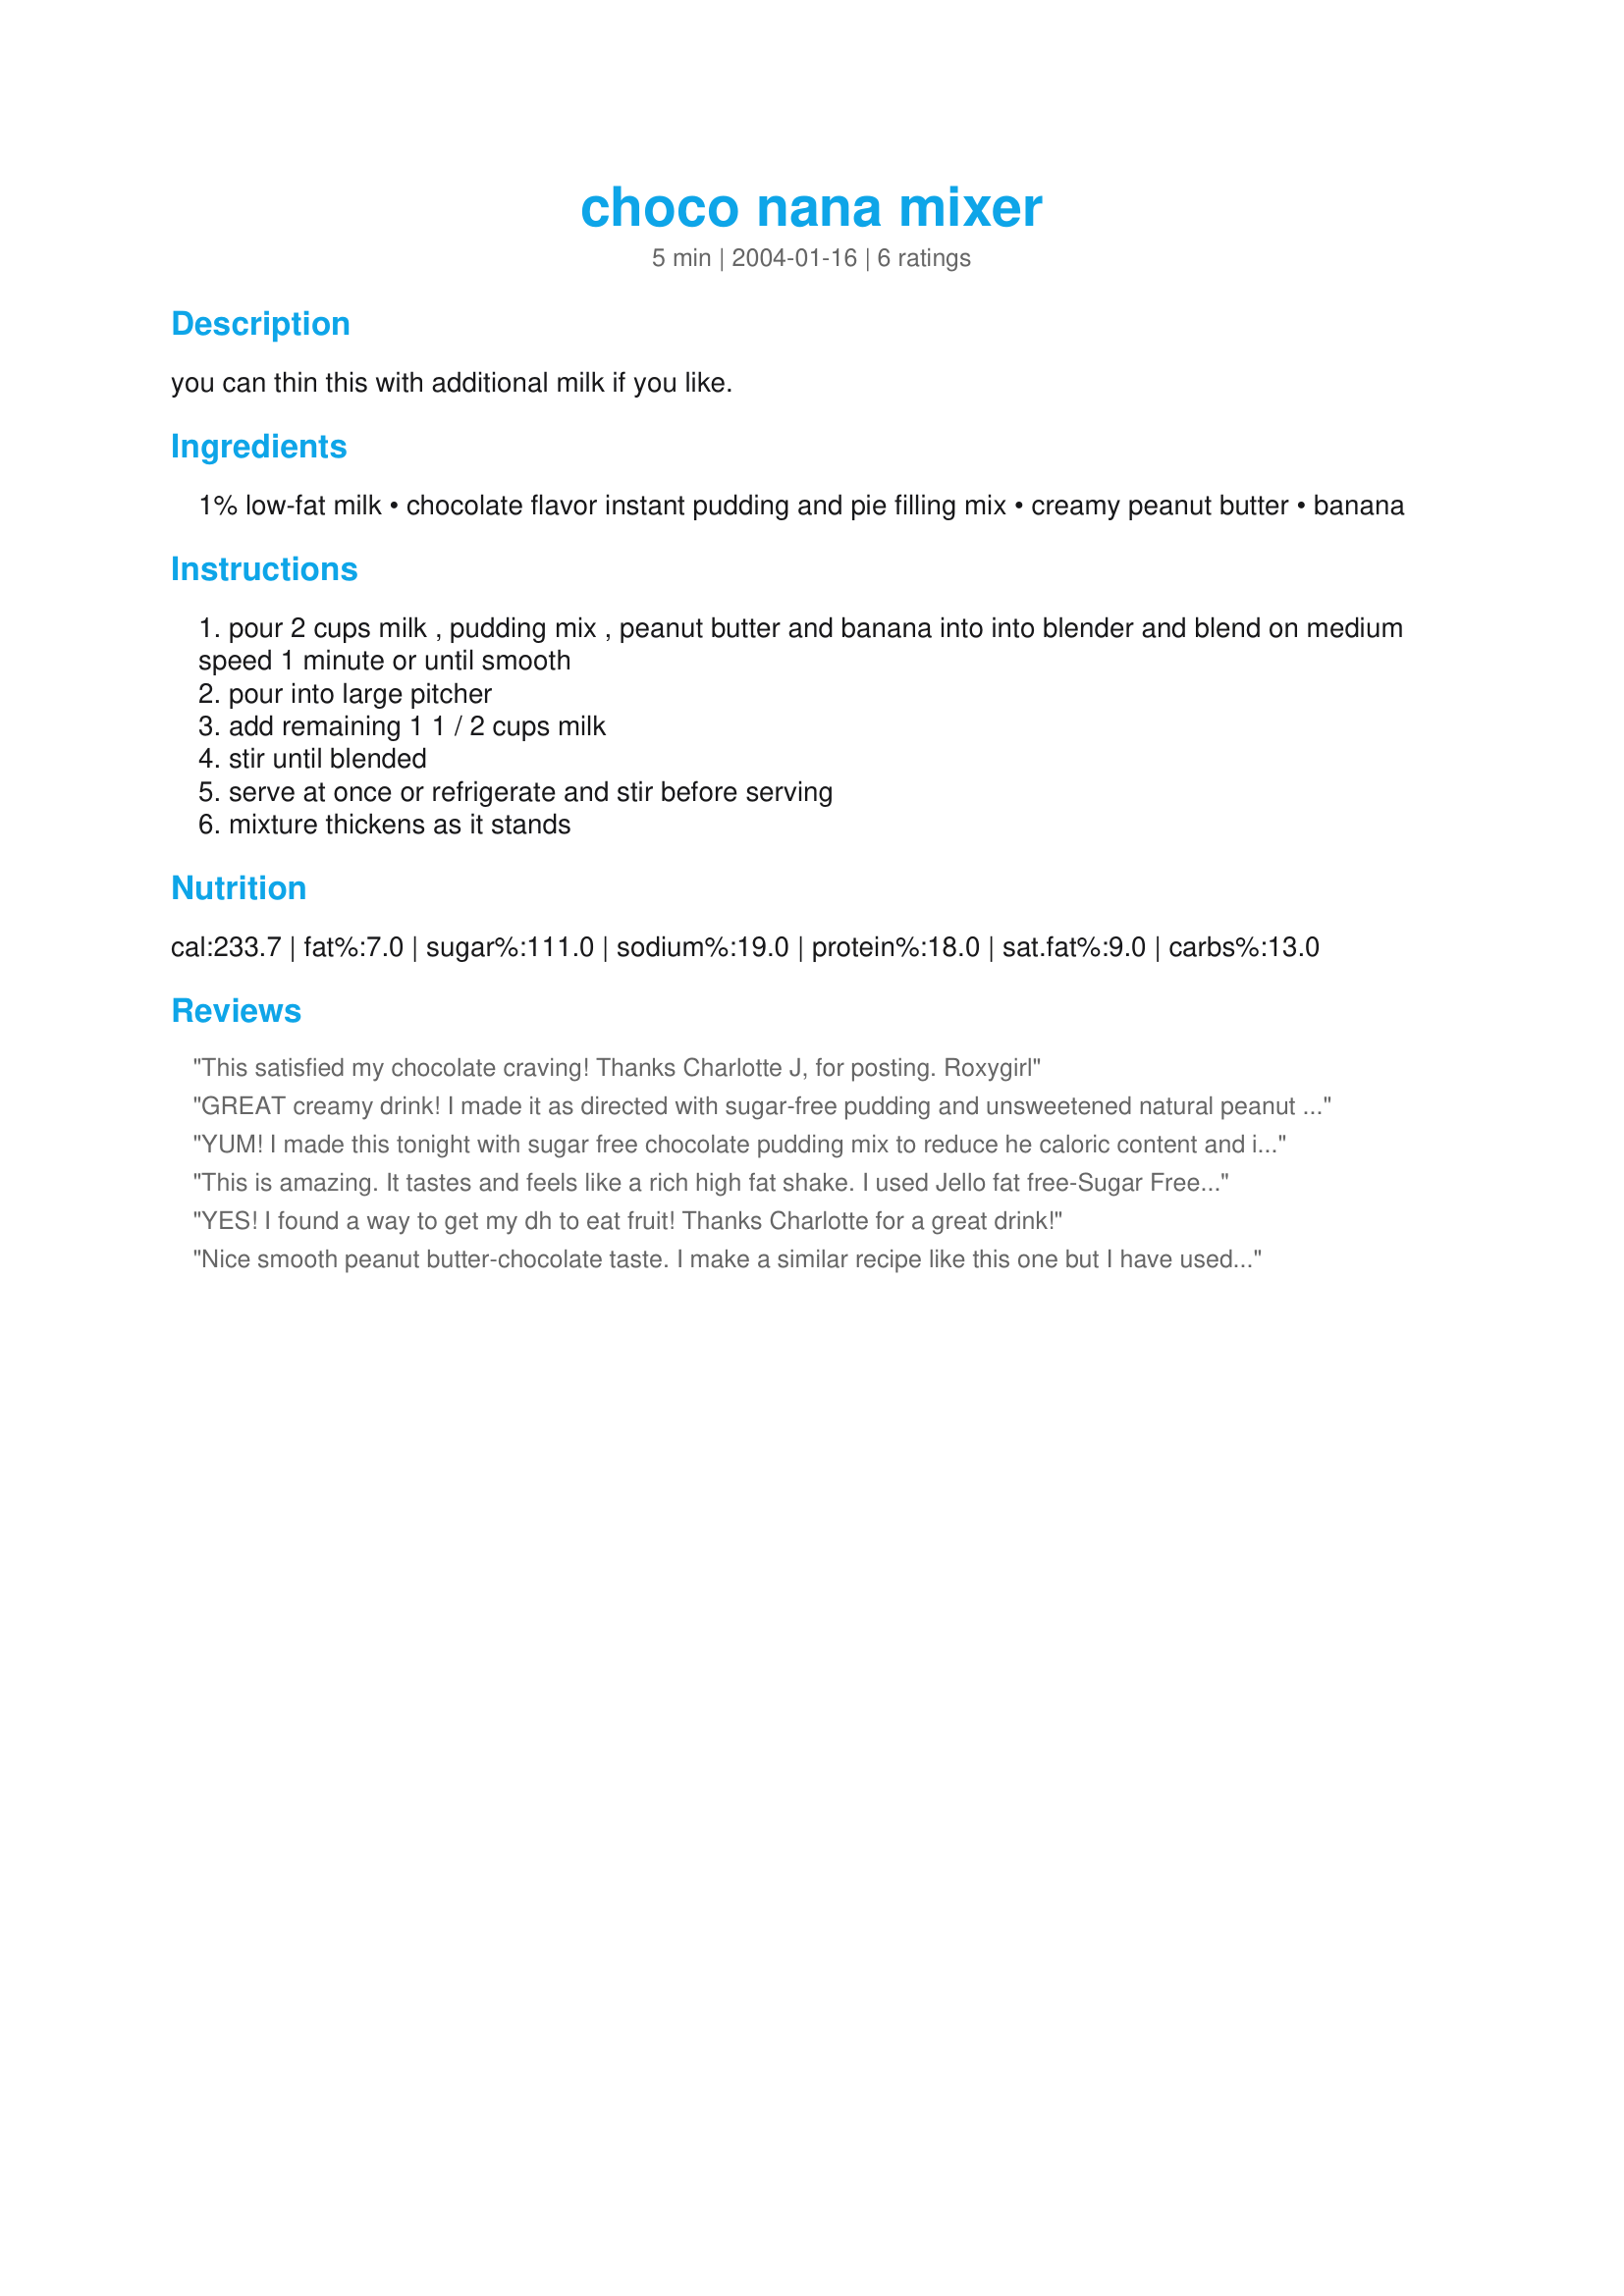
choco nana mixer
Preparation time: 5 minutes

you can thin this with additional milk if you like.

Ingredients:
1% low-fat milk, chocolate flavor instant pudding and pie filling mix, creamy peanut butter, banana

Steps:
pour 2 cups milk , pudding mix , peanut butter and banana into into blender and blend on medium speed 1 minute or until smooth
pour into large pitcher
add remaining 1 1 / 2 cups milk
stir until blended
serve at once or refrigerate and stir before serving
mixture thickens as it stands

Reviews:
This satisfied my chocolate craving! Thanks Charlotte J, for posting.

Roxygirl
GREAT creamy drink! I made it as directed with sugar-free pudding and unsweetened natural peanut butter. You can really taste the different flavors in this. I think I would have enjoyed it more with frozen bananas or ice blended in.
YUM! I made this tonight with sugar free chocolate pudding mix to reduce he caloric content and it was so good. My banana was pretty ripe but the flavors all came together and worked very well for me....dh on the other hand won't even try it once he saw the peanut butter but that's okay because that leaves it all for me! :D
This is amazing. It tastes and feels like a rich high fat shake. I used Jello fat free-Sugar Free Fudge pudding mix with probably close to 2 tabs of Adams PB ans I added some cinnamon. For the milk I used 3 cups of skim and 1 cup of fat free evaporated, I found it to be very filling. It whizzes together in no time and everyone will love it. I think I just might have a new addiction! Thank you Charlotte.
YES! I found a way to get my dh to eat fruit! Thanks Charlotte for a great drink!
Nice smooth peanut butter-chocolate taste. I make a similar recipe like this one but I have used silken tofu, which makes a smoother drink.
